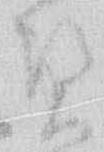
憑